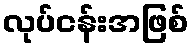
လုပ်ငန်းအဖြစ်